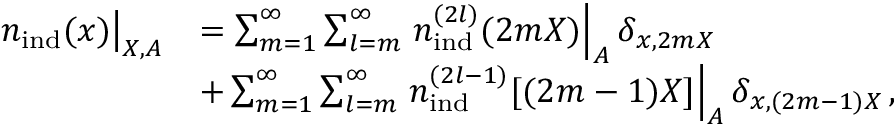
\begin{array} { r l } { \left. { n } _ { \mathrm { i n d } } ( \boldsymbol { x } ) \right| _ { \boldsymbol { X } , A } } & { = \sum _ { m = 1 } ^ { \infty } \sum _ { l = m } ^ { \infty } \left. { n } _ { \mathrm { i n d } } ^ { ( 2 l ) } ( 2 m \boldsymbol { X } ) \right| _ { A } \delta _ { \boldsymbol { x } , 2 m \boldsymbol { X } } } \\ & { + \sum _ { m = 1 } ^ { \infty } \sum _ { l = m } ^ { \infty } \left. { n } _ { \mathrm { i n d } } ^ { ( 2 l - 1 ) } [ ( 2 m - 1 ) \boldsymbol { X } ] \right| _ { A } \delta _ { \boldsymbol { x } , ( 2 m - 1 ) \boldsymbol { X } } \, , } \end{array}